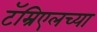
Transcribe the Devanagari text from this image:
टॅम्रिएलच्या